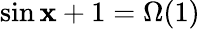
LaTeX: \sin\mathbf{x}+1=\Omega(1)